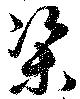
渠